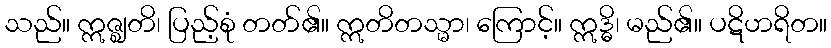
သည်။ ဣဇ္ဈတိ၊ ပြည့်စုံ တတ်၏။ ဣတိတသ္မာ၊ ကြောင့်။ ဣဒ္ဓိ၊ မည်၏။ ပဋိဟရိတ။